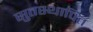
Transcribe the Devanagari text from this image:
सुतस्थापित